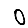
Digit: 0